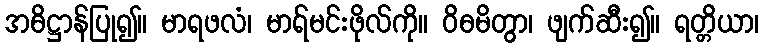
အဓိဋ္ဌာန်ပြု၍။ မာရဖလံ၊ မာရ်မင်းဖိုလ်ကို။ ဝိဓမိတွာ၊ ဖျက်ဆီး၍။ ရတ္တိယာ၊